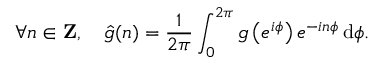
\forall n \in \mathbf { Z } , \ \ \ { \hat { g } } ( n ) = { \frac { 1 } { 2 \pi } } \int _ { 0 } ^ { 2 \pi } g \left( e ^ { i \phi } \right) e ^ { - i n \phi } \, \mathrm { d } \phi .